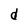
Character: d